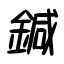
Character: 鍼